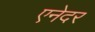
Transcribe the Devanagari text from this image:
एनेदर